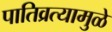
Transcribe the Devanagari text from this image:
पातिव्रत्यामुळे